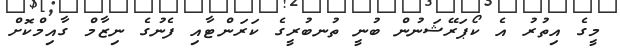
މީގެ އިތުރު އެ ކޯޕަރޭޝަނުން ބުނީ ތުނބުރީގެ ކަރަންޓާއި ފެނުގެ ނިޒާމް ގާއިމްކޮށް